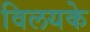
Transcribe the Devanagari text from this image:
विलयके